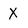
Character: X